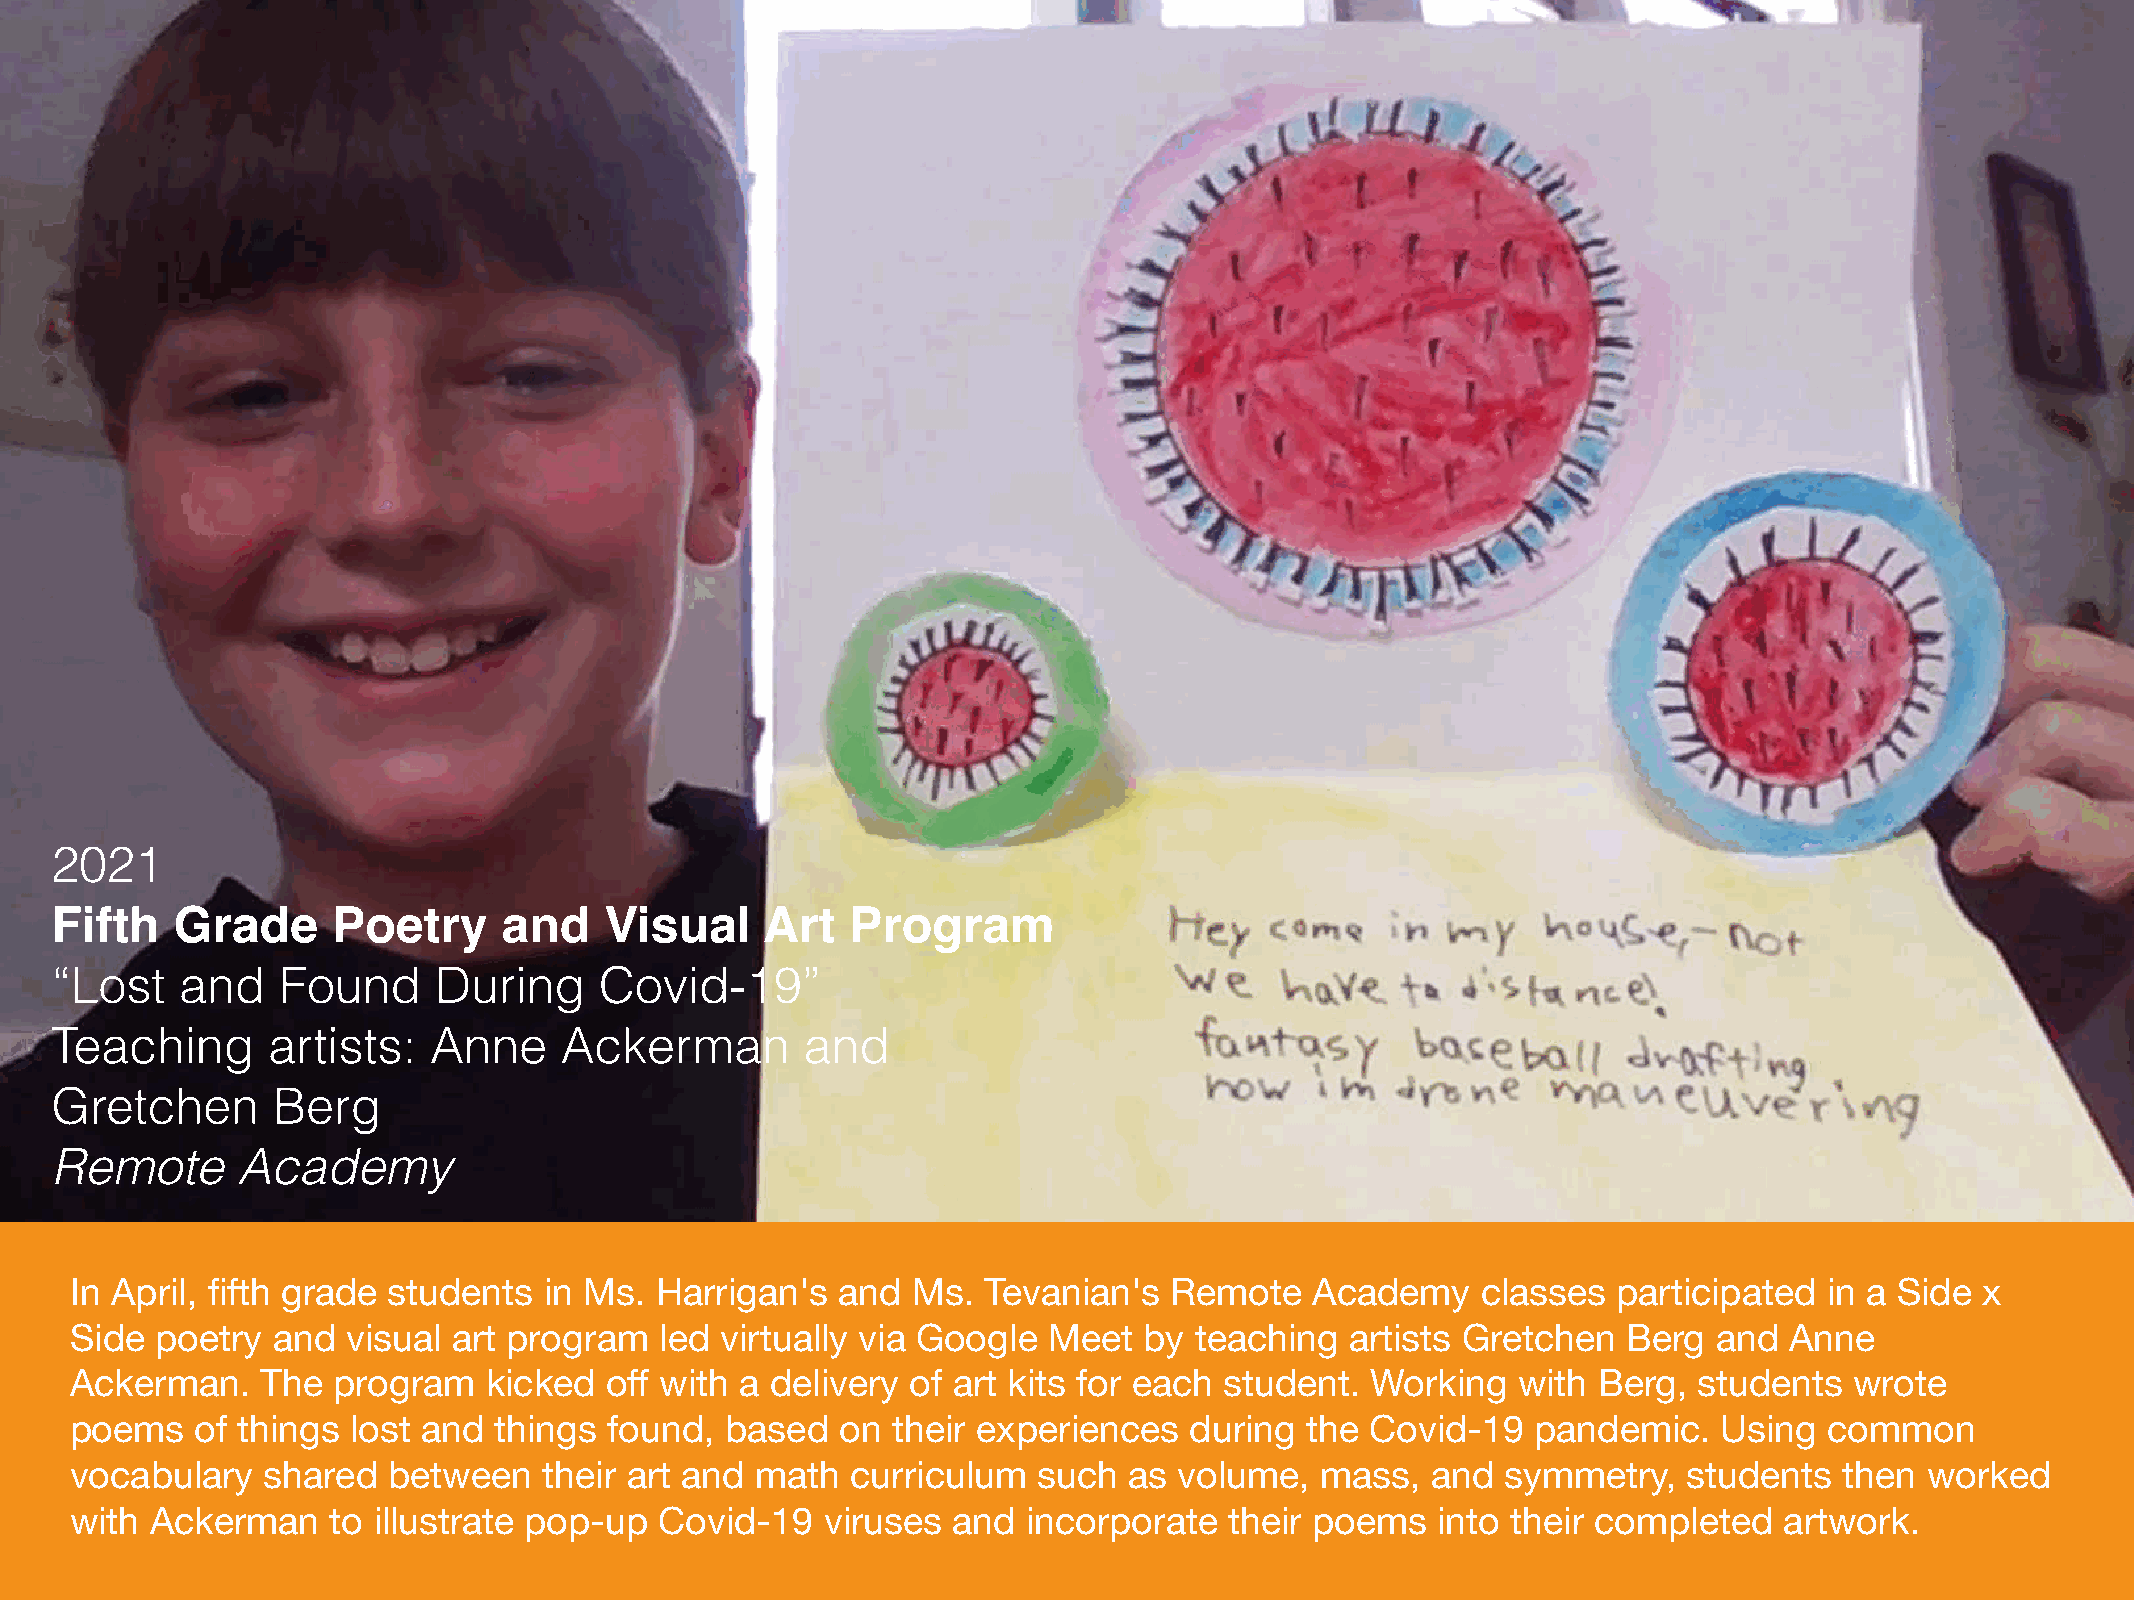
2021
 Fifth   Grade      Poetry     and    Visual    Art   Program
 “Lost    and   Found      During     Covid-19”
 Teaching       artists:  Anne     Ackerman        and
 Gretchen       Berg
 Remote       Academy
 In April, fifth grade students in Ms. Harrigan's  and  Ms.  Tevanian's  Remote    Academy    classes  participated  in a Side x
 Side poetry  and  visual art program   led virtually via Google Meet   by teaching  artists Gretchen   Berg  and Anne
 Ackerman.   The  program   kicked  off with a delivery of art kits for each student.  Working  with  Berg, students   wrote
 poems   of things lost and  things found,  based   on their experiences   during the  Covid-19   pandemic.   Using  common
 vocabulary  shared   between   their art and math  curriculum   such  as volume,  mass,   and  symmetry,   students  then  worked
 with Ackerman    to illustrate pop-up  Covid-19   viruses and  incorporate  their poems   into their completed   artwork.